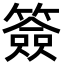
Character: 簽